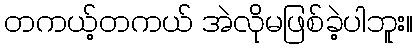
တကယ့်တကယ် အဲလိုမဖြစ်ခဲ့ပါဘူး။